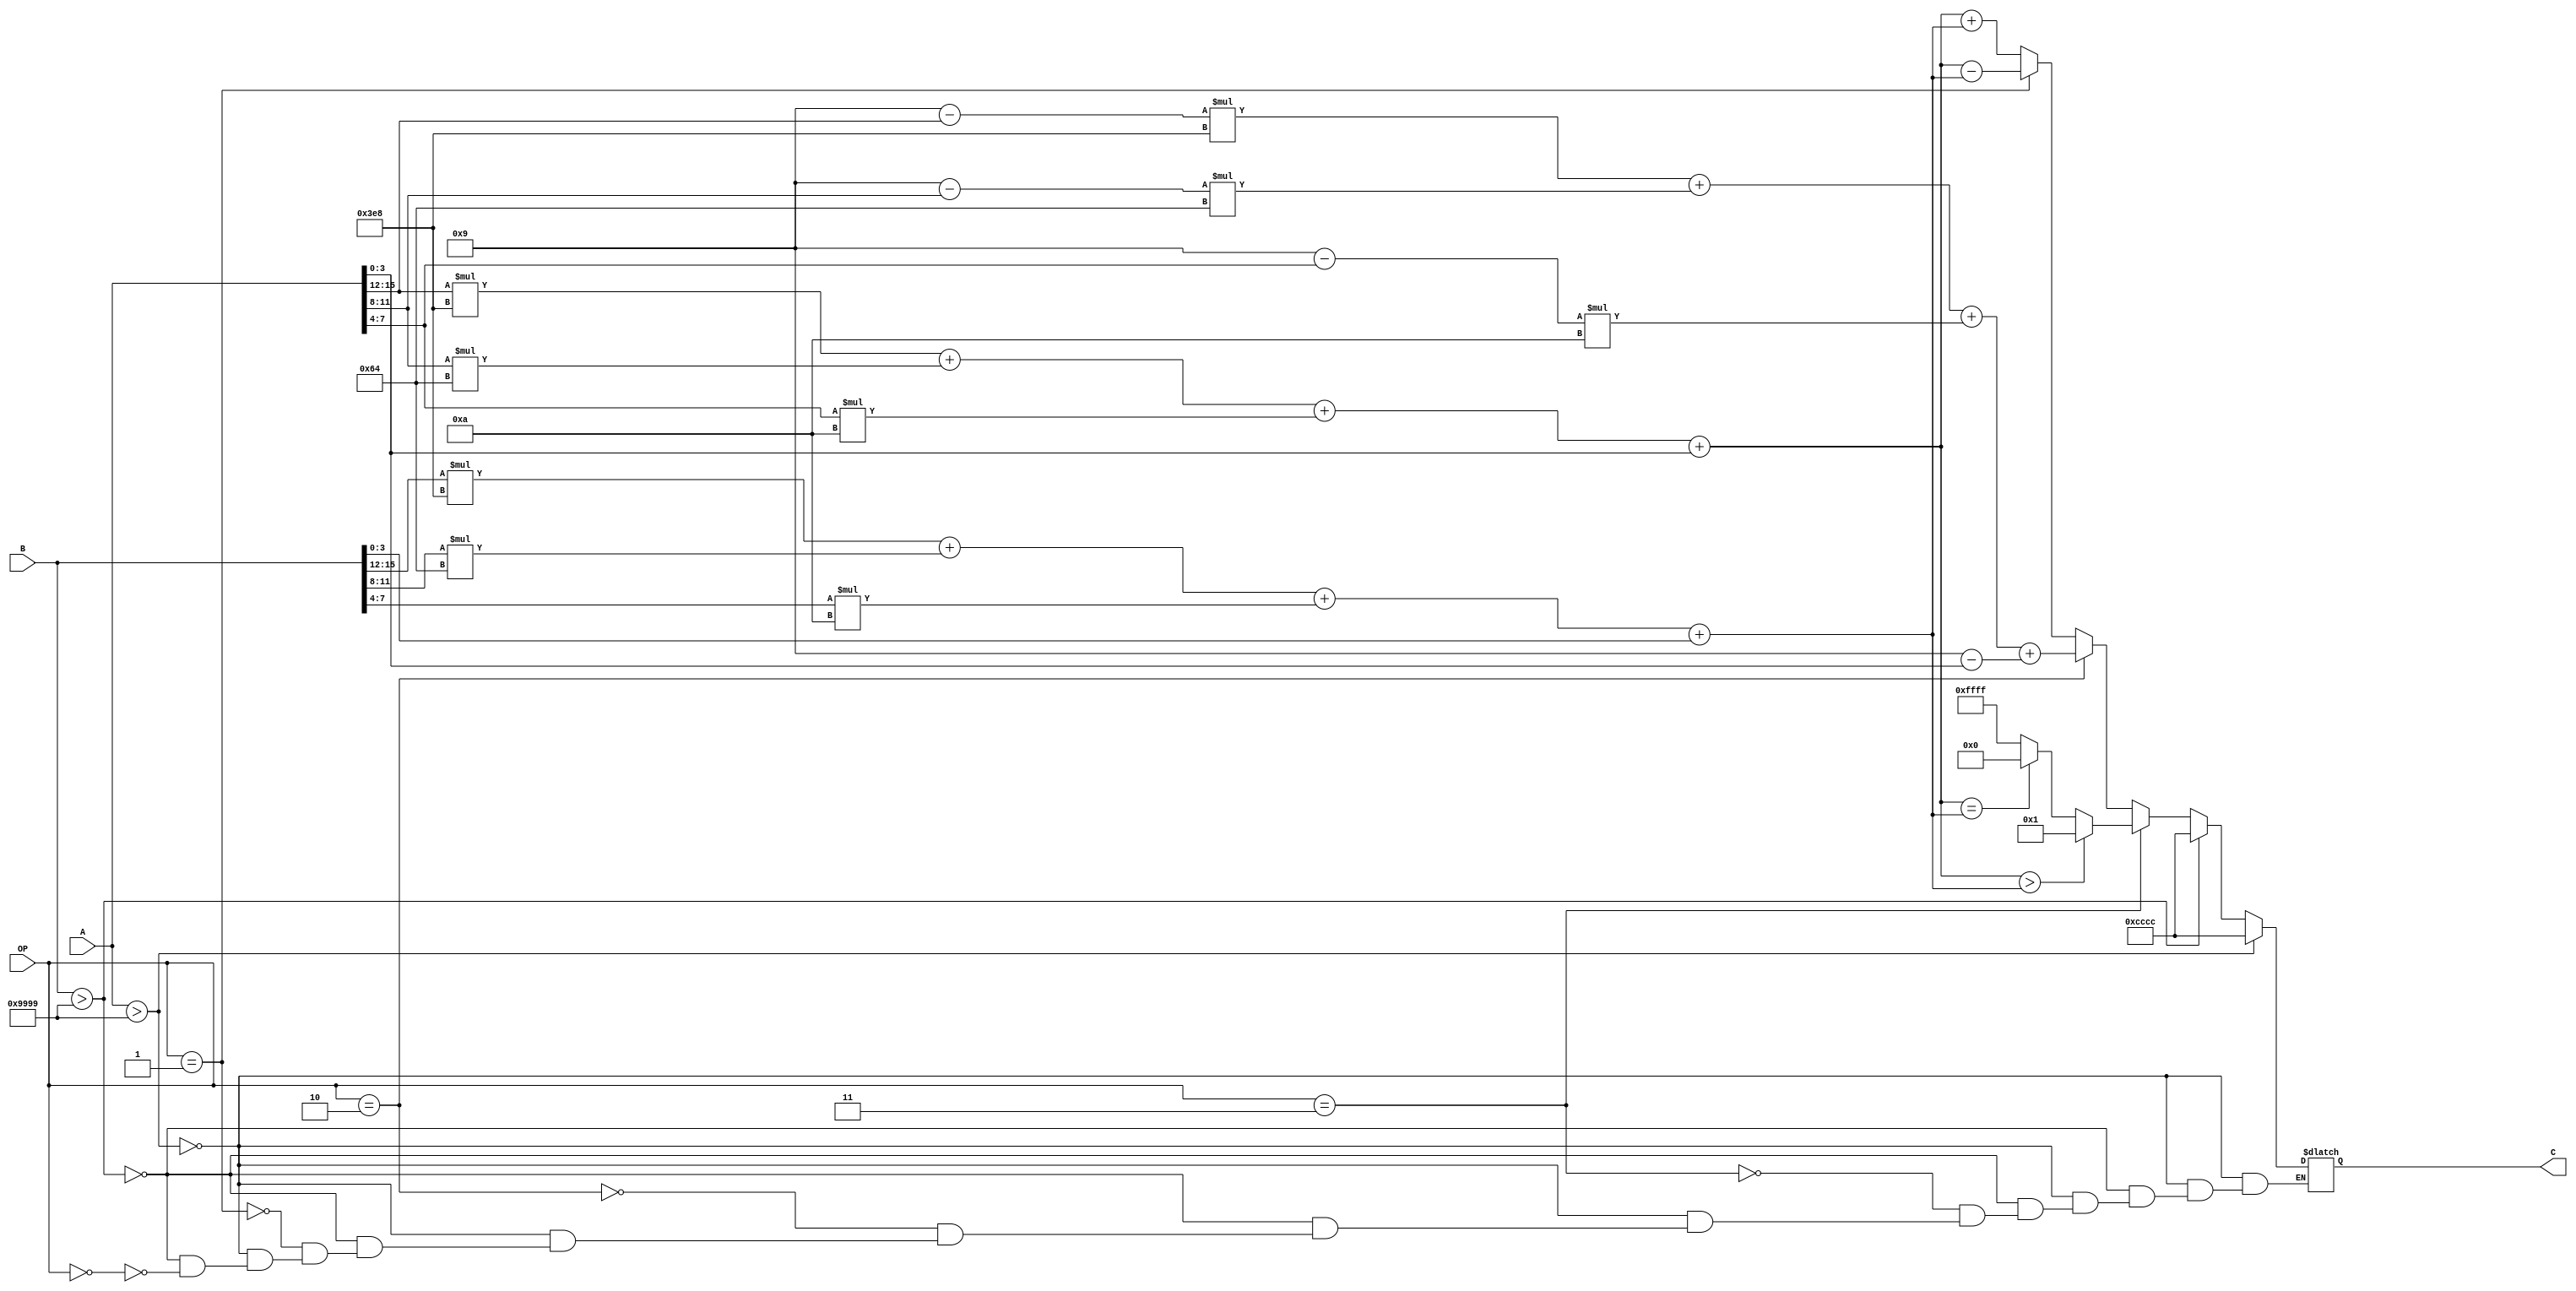
module BCD_ALU(input [1:0] OP, input [15:0] A, input [15:0] B, output [15:0] C);
    reg [15:0] C, bin_A, bin_B, bin_C;

    always@(A or B or OP) begin
        if (A > 16'h9999) begin
            C = 16'hCCCC;
        end
        else if (B > 16'h9999) begin
            C = 16'hCCCC;
        end
        else begin
            if (OP == 0) begin
                bin_A = (A[15:12] * 10'd1000) + (A[11:8]*7'd100) + (A[7:4]*4'd10) + A[3:0];
                bin_B = (B[15:12] * 10'd1000) + (B[11:8]*7'd100) + (B[7:4]*4'd10) + B[3:0];
                C = bin_A + bin_B;
            end
            if (OP == 1) begin
                bin_A = (A[15:12] * 10'd1000) + (A[11:8]*7'd100) + (A[7:4]*4'd10) + A[3:0];
                bin_B = (B[15:12] * 10'd1000) + (B[11:8]*7'd100) + (B[7:4]*4'd10) + B[3:0];
                C = bin_A - bin_B;
            end
            if (OP == 2) begin
                C[15:12] = 4'b1001 - A[15:12];
                C[11:8] = 4'b1001 - A[11:8];
                C[7:4] = 4'b1001 - A[7:4];
                C[3:0] = 4'b1001 - A[3:0];
                C = (C[15:12] * 10'd1000) + (C[11:8]*7'd100) + (C[7:4]*4'd10) + C[3:0];
            end
            if (OP == 3) begin
                bin_A = (A[15:12] * 10'd1000) + (A[11:8]*7'd100) + (A[7:4]*4'd10) + A[3:0];
                bin_B = (B[15:12] * 10'd1000) + (B[11:8]*7'd100) + (B[7:4]*4'd10) + B[3:0];
                if (bin_A > bin_B) begin
                    C = 16'h0001;
                end
                else if (bin_A == bin_B) begin
                    C = 16'h0000;
                end
                else begin
                    C = 16'hFFFF;
                end
            end
        end
    end
    
endmodule